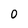
Character: 0